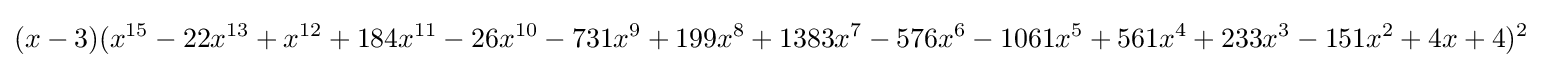
(x-3)(x^{15}-22x^{13}+x^{12}+184x^{11}-26x^{10}-731x^{9}+199x^{8}+1383x^{7}-576x^{6}-1061x^{5}+561x^{4}+233x^{3}-151x^{2}+4x+4)^{2}